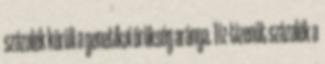
százalék körüli a genetikai örökség aránya. Tíz-tizenöt százalék a